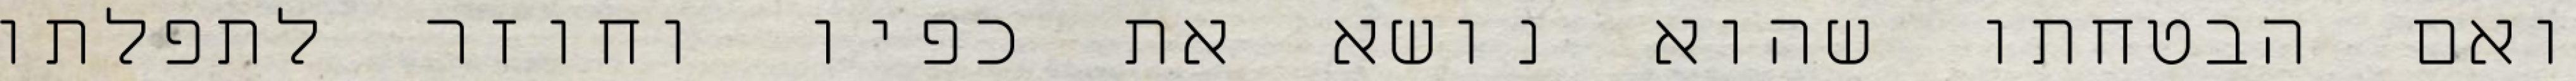
ואם הבטחתו שהוא נושא את כפיו וחוזר לתפלתו